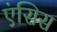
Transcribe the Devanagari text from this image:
एंसिस